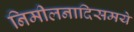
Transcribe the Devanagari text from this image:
निमीलनादिसमये